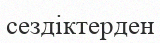
сездіктерден